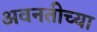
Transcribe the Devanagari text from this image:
अवनतीच्या